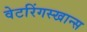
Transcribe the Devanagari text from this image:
वेटरिंगस्खान्स